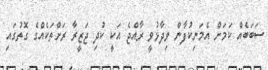
ސަބަބެއް ކަމަށް އެމަނިކުފާން ވިދާޅުވީ ރާއްޖެ އަކީ ކުދި ޖަޒީރާ ރަށްތަކެއްގެ ގޮތުގައި